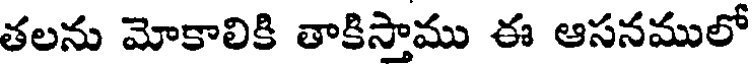
తలను మోకాలికి తాకిస్తాము ఈ ఆసనములో